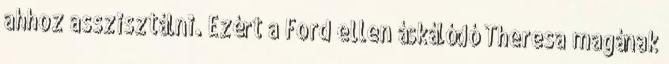
ahhoz asszisztálni. Ezért a Ford ellen áskálódó Theresa magának